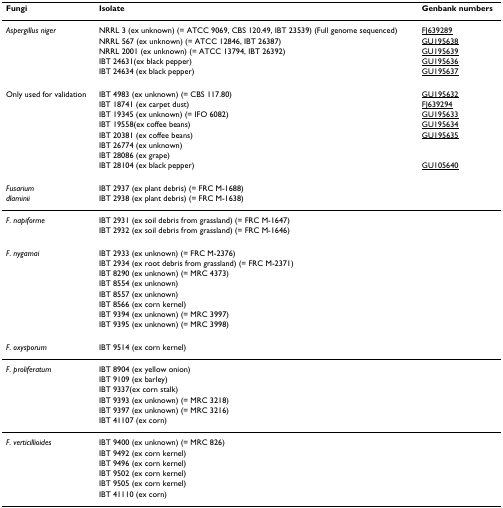
<table><thead><tr><td><b>Fungi</b></td><td><b>Isolate</b></td><td><b>Genbank numbers</b></td></tr></thead><tbody><tr><td><i>Aspergillus niger</i></td><td>NRRL 3 (ex unknown) (= ATCC 9069, CBS 120.49, IBT 23539) (Full genome sequenced)</td><td>FJ639289</td></tr><tr><td></td><td>NRRL 567 (ex unknown) (= ATCC 12846, IBT 26387)</td><td>GU195638</td></tr><tr><td></td><td>NRRL 2001 (ex unknown) (= ATCC 13794, IBT 26392)</td><td>GU195639</td></tr><tr><td></td><td>IBT 24631(ex black pepper)</td><td>GU195636</td></tr><tr><td></td><td>IBT 24634 (ex black pepper)</td><td>GU195637</td></tr><tr><td>Only used for validation</td><td>IBT 4983 (ex unknown) (= CBS 117.80)</td><td>GU195632</td></tr><tr><td></td><td>IBT 18741 (ex carpet dust)</td><td>FJ639294</td></tr><tr><td></td><td>IBT 19345 (ex unknown) (= IFO 6082)</td><td>GU195633</td></tr><tr><td></td><td>IBT 19558(ex coffee beans)</td><td>GU195634</td></tr><tr><td></td><td>IBT 20381 (ex coffee beans)</td><td>GU195635</td></tr><tr><td></td><td>IBT 26774 (ex unknown)</td><td></td></tr><tr><td></td><td>IBT 28086 (ex grape)</td><td></td></tr><tr><td></td><td>IBT 28104 (ex black pepper)</td><td>GU105640</td></tr><tr><td><i>Fusarium</i></td><td>IBT 2937 (ex plant debris) (= FRC M-1688)</td><td></td></tr><tr><td><i>dlaminii</i></td><td>IBT 2938 (ex plant debris) (= FRC M-1638)</td><td></td></tr><tr><td><i>F. napiforme</i></td><td>IBT 2931 (ex soil debris from grassland) (= FRC M-1647)</td><td></td></tr><tr><td></td><td>IBT 2932 (ex soil debris from grassland) (= FRC M-1646)</td><td></td></tr><tr><td><i>F. nygamai</i></td><td>IBT 2933 (ex unknown) (= FRC M-2376)</td><td></td></tr><tr><td></td><td>IBT 2934 (ex root debris from grassland) (= FRC M-2371)</td><td></td></tr><tr><td></td><td>IBT 8290 (ex unknown) (= MRC 4373)</td><td></td></tr><tr><td></td><td>IBT 8554 (ex unknown)</td><td></td></tr><tr><td></td><td>IBT 8557 (ex unknown)</td><td></td></tr><tr><td></td><td>IBT 8566 (ex corn kernel)</td><td></td></tr><tr><td></td><td>IBT 9394 (ex unknown) (= MRC 3997)</td><td></td></tr><tr><td></td><td>IBT 9395 (ex unknown) (= MRC 3998)</td><td></td></tr><tr><td><i>F. oxysporum</i></td><td>IBT 9514 (ex corn kernel)</td><td></td></tr><tr><td><i>F. proliferatum</i></td><td>IBT 8904 (ex yellow onion)</td><td></td></tr><tr><td></td><td>IBT 9109 (ex barley)</td><td></td></tr><tr><td></td><td>IBT 9337(ex corn stalk)</td><td></td></tr><tr><td></td><td>IBT 9393 (ex unknown) (= MRC 3218)</td><td></td></tr><tr><td></td><td>IBT 9397 (ex unknown) (= MRC 3216)</td><td></td></tr><tr><td></td><td>IBT 41107 (ex corn)</td><td></td></tr><tr><td><i>F. verticillioides</i></td><td>IBT 9400 (ex unknown) (= MRC 826)</td><td></td></tr><tr><td></td><td>IBT 9492 (ex corn kernel)</td><td></td></tr><tr><td></td><td>IBT 9496 (ex corn kernel)</td><td></td></tr><tr><td></td><td>IBT 9502 (ex corn kernel)</td><td></td></tr><tr><td></td><td>IBT 9505 (ex corn kernel)</td><td></td></tr><tr><td></td><td>IBT 41110 (ex corn)</td><td></td></tr></tbody></table>